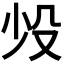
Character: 𬆠